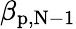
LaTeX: \beta_{\mathrm{{p,N-1}}}